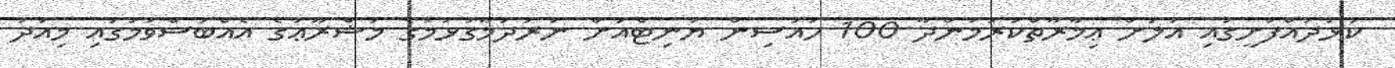
ކުޅުދުއްފުށީގައި އަލަށް ޢިމާރާތްކުރަމުންދާ 100 ހައުސިން ޔުނިޓްއަށް ނަރުދަމާގުޅުމުގެ މަޝްރޫޢުގެ އެއްބަސްވުމުގައި މިއަދު